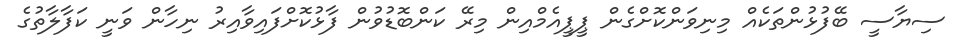
ސިޔާސީ ބޭފުޅުންތަކެއް މިނިވަންކޮށްގެން ޕީޕީއެމްއިން މިރޭ ކަންބޮޑުވުން ފާޅުކޮށްފައިވާއިރު ނިހާން ވަނީ ކަފާލާތުގެ